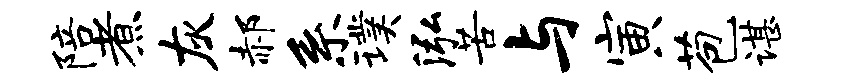
陪煮灰郝系璞泓苦与寅苞谌